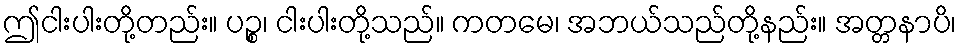
ဤငါးပါးတို့တည်း။ ပဉ္စ၊ ငါးပါးတို့သည်။ ကတမေ၊ အဘယ်သည်တို့နည်း။ အတ္တနာပိ၊